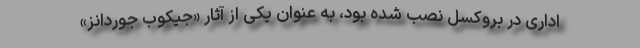
اداری در بروکسل نصب شده بود، به عنوان یکی از آثار «جیکوب جوردانز»